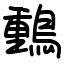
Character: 䳯